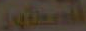
الدعاوي